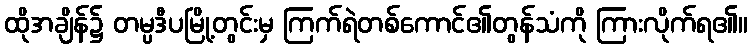
ထိုအချိန်၌ တမ္ပဒီပမြို့တွင်းမှ ကြက်ရဲတစ်ကောင်၏တွန်သံကို ကြားလိုက်ရ၏။